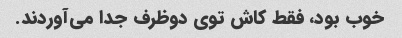
خوب بود، فقط کاش توی دوظرف جدا می‌آوردند.